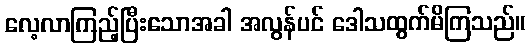
လေ့လာကြည့်ပြီးသောအခါ အလွန်ပင် ဒေါသထွက်မိကြသည်။